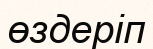
өздеріп